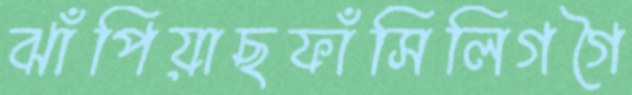
ঝাঁপিয়াছফাঁসিলিগগৈ